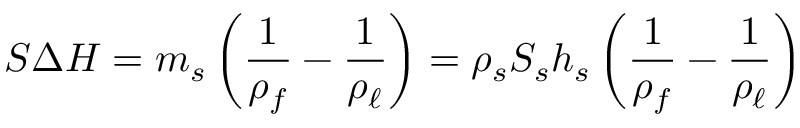
S \Delta H = m _ { s } \left( \frac 1 { \rho _ { f } } - \frac { 1 } { \rho _ { \ell } } \right) = \rho _ { s } S _ { s } h _ { s } \left( \frac 1 { \rho _ { f } } - \frac { 1 } { \rho _ { \ell } } \right)